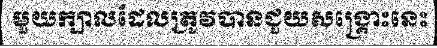
មួយក្បាលដែលត្រូវបានជួយសង្គ្រោះនេះ